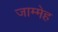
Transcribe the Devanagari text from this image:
जाम्मेह